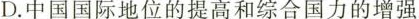
D.中国国际地位的提高和综合国力的增强